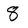
Character: 8